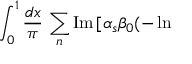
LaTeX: \int _ { 0 } ^ { 1 } { \frac { d x } { \pi } } \, \sum _ { n } \mathrm { I m } \, [ \alpha _ { s } \beta _ { 0 } ( - \ln